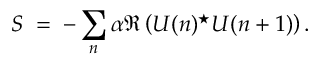
{ \cal S } \; = \; - \sum _ { n } \alpha \Re \left( U ( n ) ^ { \star } U ( n + 1 ) \right) .